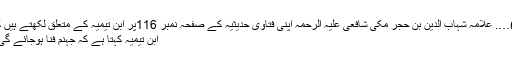
۲)…. علامہ شہاب الدین بن حجر مکّی شافعی علیہ الرحمہ اپنی فتاوٰی حدیثیہ کے صفحہ نمبر 116پر ابنِ تیمیہ کے متعلق لکھتے ہیں کہ
ابنِ تیمیہ کہتا ہے کہ جہنم فنا ہوجائے گی ؟